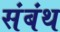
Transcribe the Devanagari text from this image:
संबंथ